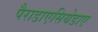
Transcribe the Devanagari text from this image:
पैराडाएसियेडाए